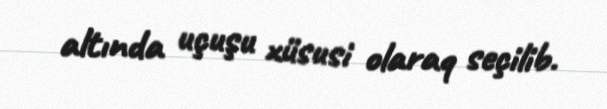
altında uçuşu xüsusi olaraq seçilib.